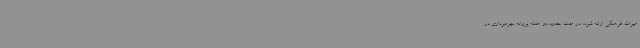
میراث فرهنگی ارائه شود، در مدت حدود دو هفته پروانه بهره‌برداری در